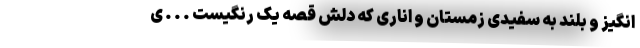
انگیز و بلند به سفیدی زمستان و اناری که دلش قصه یک رنگیست . . . ی